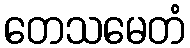
တေသမေတံ